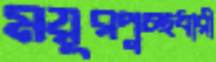
ময়ূরপুচ্ছধারী